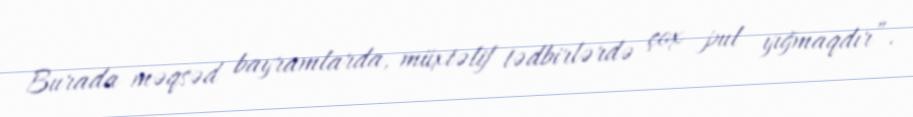
Burada məqsəd bayramlarda, müxtəlif tədbirlərdə çox pul yığmaqdır”.